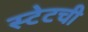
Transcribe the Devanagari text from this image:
स्टेटची